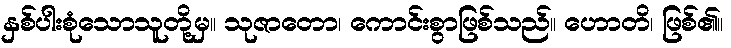
နှစ်ပါးစုံသောသူတို့မှ။ သုဇာတော၊ ကောင်းစွာဖြစ်သည်။ ဟောတိ၊ ဖြစ်၏။